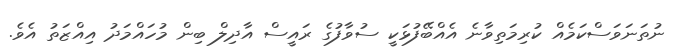
ނުތަނަވަސްކަމެއް ކުރިމަތިވާނެ އެއްބޭފުޅަކީ ސުވާފުގެ ރައީސް އާދިލް ބިން މުހައްމަދު އިއްޒަތު އެވެ.